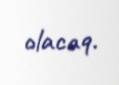
olacaq.